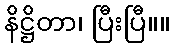
နိဋ္ဌိတာ၊ ပြီးပြီ။။